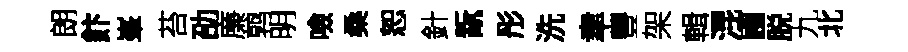
朗飰峯苔劭廉鹑明噞桑恕針翫彤洗聿豐架輯混圃脱九北